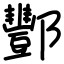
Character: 酆